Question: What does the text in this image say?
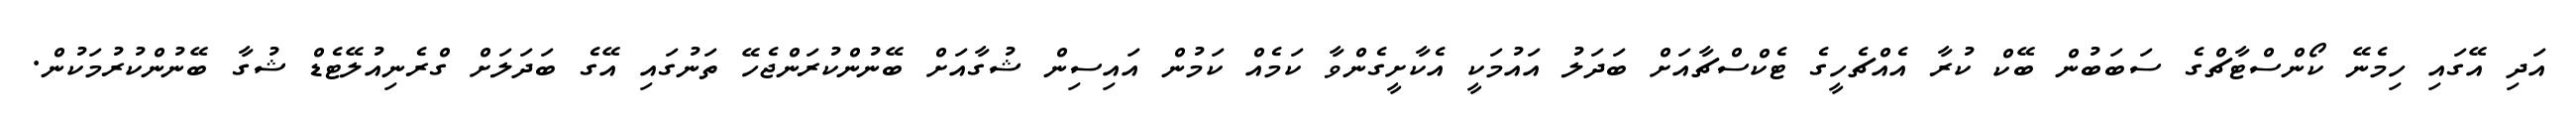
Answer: އަދި އޭގައި ހިމެނޭ ކޯންސްޓާޗްގެ ސަބަބުން ބޭކް ކުރާ އެއްޗެހީގެ ޓެކްސްޗާއަށް ބަދަލު އައުމަކީ އެކާށީގެންވާ ކަމެއް ކަމުން އައިސިން ޝުގާއަށް ބޭނުންކުރަންޖެހޭ ތަނުގައި އޭގެ ބަދަލަށް ގްރެނިއުލޭޓެޑް ޝުގާ ބޭނުންކުރުމަކުން.